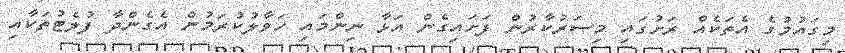
މިގައުމުގެ އެތަކެއް ރަށުގައި މިސަރުކާރުން ފަށައިގެން އަޅާ ނިންމައި ހަވާލުކުރަމުން އެގެންދާ ފުލެޓުތަކާއި